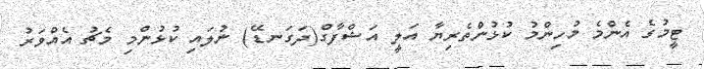
ޓީމުގެ އެންމެ މުހިންމު ކުޅުންތެރިޔާ އަލީ އަޝްފާގް(ދަގަނޑޭ) ނުލައި ކުޅުންމި މެޗު އެއްވަރު